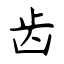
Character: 齿